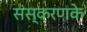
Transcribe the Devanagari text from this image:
संस्‍करणके